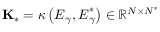
\mathbf { K } _ { \ast } = \kappa \left( \boldsymbol { E } _ { \gamma } , \boldsymbol { E } _ { \gamma } ^ { \ast } \right) \in \mathbb { R } ^ { N \times N ^ { \ast } }